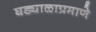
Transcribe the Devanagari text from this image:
घड्याळाप्रमाणे